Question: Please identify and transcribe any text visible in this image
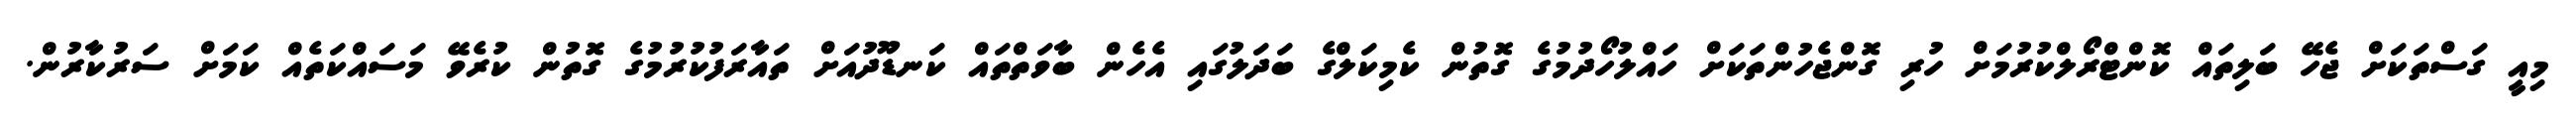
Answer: މިއީ ގަސްތަކަށް ޖެހޭ ބަލިތައް ކޮންޓްރޯލްކުރުމަށް ހުރި ގޮންޖެހުންތަކަށް ހައްލުހޯދުމުގެ ގޮތުން ކެމިކަލްގެ ބަދަލުގައި އެހެން ބާވަތްތައް ކަނޑޫދުއަށް ތައާރަފުކުރުމުގެ ގޮތުން ކުރެވޭ މަސައްކަތެއް ކަމަށް ސަރުކާރުން.